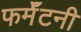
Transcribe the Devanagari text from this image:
फर्मॅटनी